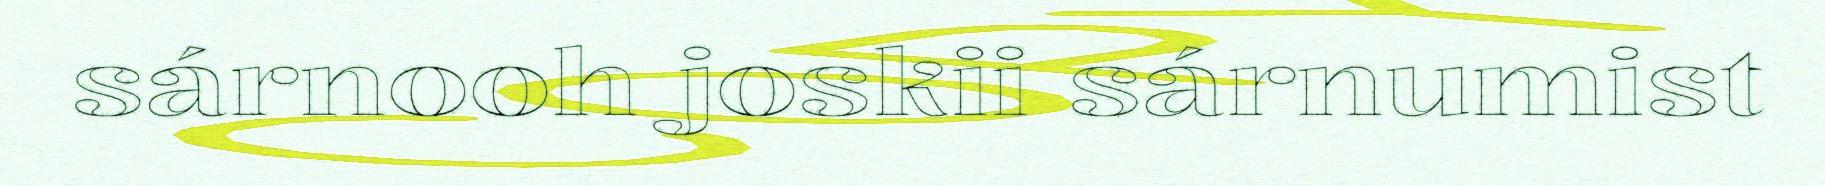
sárnooh joskii sárnumist